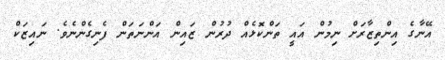
އޭނާގެ އިންތިޒާރަށް ނިމުން އައީ ތަންކޮޅެއް ދުރުން ޒައިން އަންނަތަން ފެނިގެންނެވެ. ނައިޒަކް